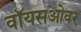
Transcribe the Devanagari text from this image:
वॉयसओवर